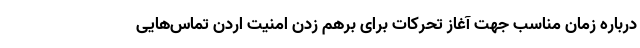
درباره زمان مناسب جهت آغاز تحرکات برای برهم زدن امنیت اردن تماس‌هایی